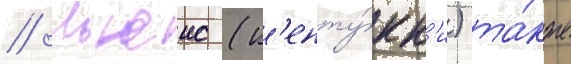
// Льюис (к'енту́кк'и) та́кже